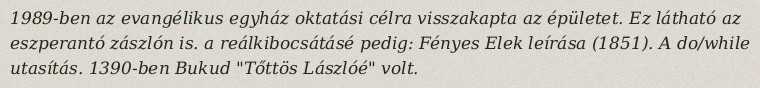
1989-ben az evangélikus egyház oktatási célra visszakapta az épületet. Ez látható az eszperantó zászlón is. a reálkibocsátásé pedig: Fényes Elek leírása (1851). A do/while utasítás. 1390-ben Bukud "Tőttös Lászlóé" volt.